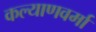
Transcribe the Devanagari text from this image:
कल्याणवर्मा